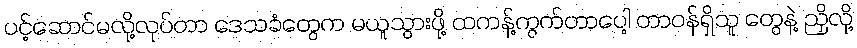
ပင့်ဆောင်မလို့လုပ်တာ ဒေသခံတွေက မယူသွားဖို့ ထကန့်ကွက်တာပေါ့ တာဝန်ရှိသူ တွေနဲ့ ညှိလို့